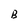
Character: B